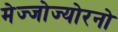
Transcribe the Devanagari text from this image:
मेज्जोज्योरनो